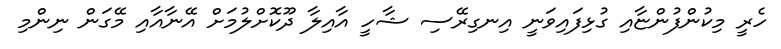
ހެރީ މިކުންފުންޏާއި ގުޅިފައިވަނީ އިނގިރޭސި ޝާހީ އާއިލާ ދޫކޮށްލުމަށް އޭނާއާއި މޭގަން ނިންމި